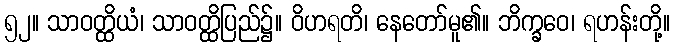
၅၂။ သာဝတ္ထိယံ၊ သာဝတ္ထိပြည်၌။ ဝိဟရတိ၊ နေတော်မူ၏။ ဘိက္ခဝေ၊ ရဟန်းတို့။